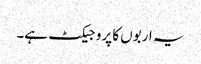
یہ اربوں کا پروجیکٹ ہے۔